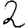
Digit: 2